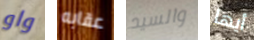
واو عقابه والسيد أيها